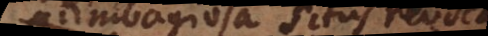
ambagiosa situs revocatione